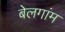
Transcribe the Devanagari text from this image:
बेलगांम